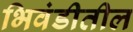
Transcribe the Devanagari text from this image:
भिवंडीतील